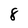
Character: 8